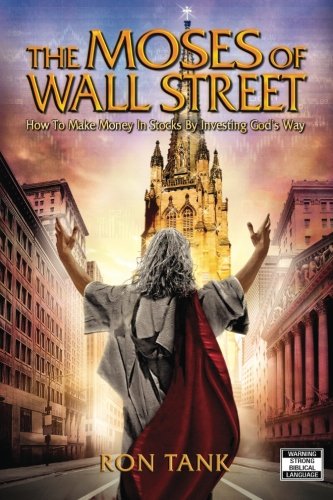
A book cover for The Moses of Wall Street: How to Make Money in Stocks by Investing God's Way; Ron Tank; Business & Money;